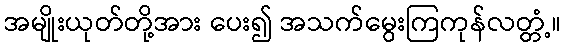
အမျိုးယုတ်တို့အား ပေး၍ အသက်မွေးကြကုန်လတ္တံ့။